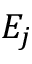
E _ { j }